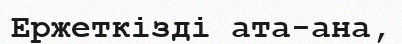
Ержеткізді ата-ана,